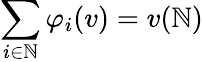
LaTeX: \sum_{i\in\mathbb{N}}\varphi_{i}(v)=v(\mathbb{N})